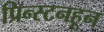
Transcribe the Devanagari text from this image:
प्रिन्स्टनहून